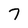
Character: 7